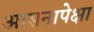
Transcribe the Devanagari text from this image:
आसनापेक्षा